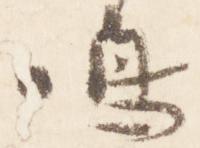
鳴